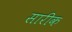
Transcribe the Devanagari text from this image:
सारीक